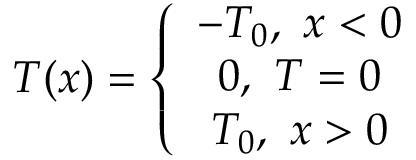
T ( x ) = \left\{ \begin{array} { c c c } { { - T _ { 0 } , \ x < 0 } } \\ { { 0 , \ T = 0 } } \\ { { T _ { 0 } , \ x > 0 } } \end{array} \right.